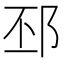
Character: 邳